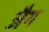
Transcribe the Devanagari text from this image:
जैग